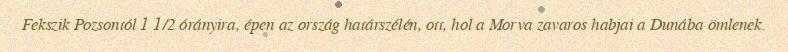
Fekszik Pozsontól 1 1/2 órányira, épen az ország határszélén, ott, hol a Morva zavaros habjai a Dunába ömlenek.